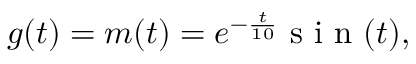
g ( t ) = m ( t ) = e ^ { - \frac { t } { 1 0 } } \mathrm { ~ s ~ i ~ n ~ } ( t ) ,